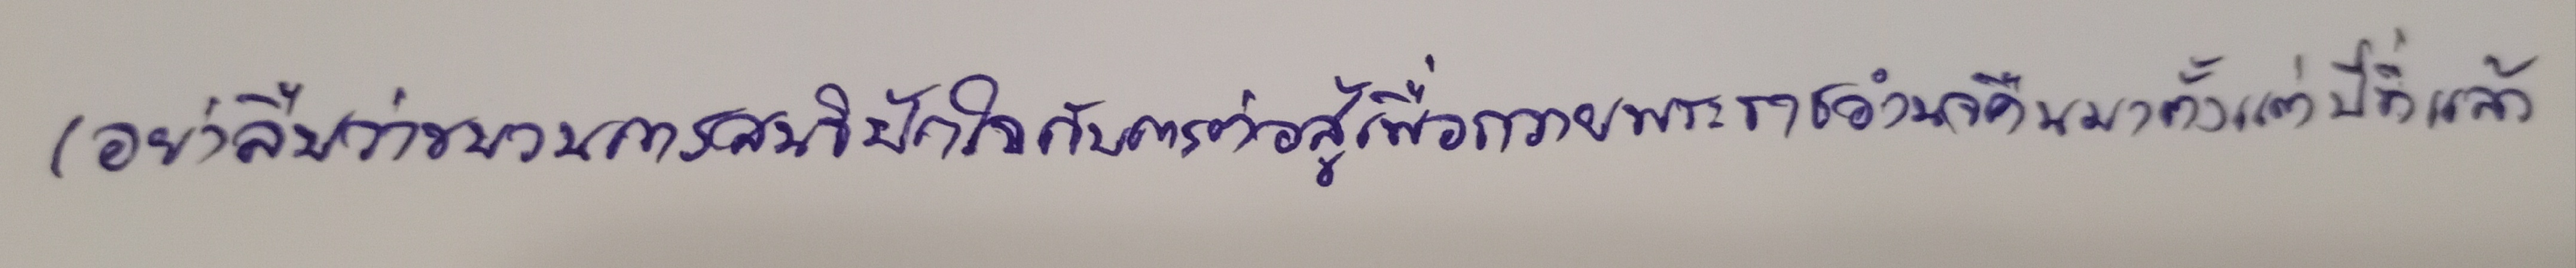
(อย่าลืมว่าขบวนการสนธิปักใจกับการต่อสู้เพื่อถวายพระราชอำนาจคืนมาตั้งแต่ปีที่แล้ว